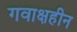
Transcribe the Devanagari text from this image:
गवाक्षहीन